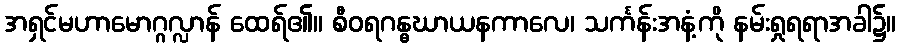
အရှင်မဟာမောဂ္ဂလ္လာန် ထေရ်၏။ စီဝရဂန္ဓဃာယနကာလေ၊ သင်္ကန်းအနံ့ကို နမ်းရှုရရာအခါ၌။